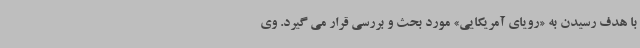
با هدف رسیدن به «رویای آمریکایی» مورد بحث و بررسی قرار می گیرد. وی